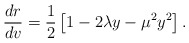
\begin{align*}\frac{dr}{dv} = \frac{1}{2} \left[1 - 2 \lambda y - \mu^2 y^2\right]. \end{align*}